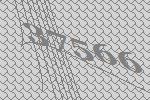
37566